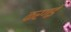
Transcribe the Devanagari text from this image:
करगई